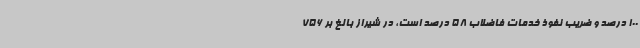
100 درصد و ضریب نفوذ خدمات فاضلاب 58 درصد است، در شیراز بالغ بر 756